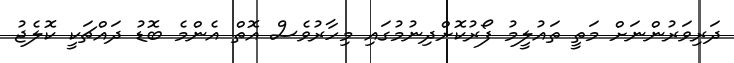
ދަރިވަރުންނަށް މަތީ ތައުލީމު ފޯރުކޮށްދިނުމުގައި މިހާރުވެސް އޮތް އެންމެ ބޮޑު ދައްޗަކީ ކޮލެޖު